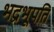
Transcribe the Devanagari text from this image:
भद्रभूपति